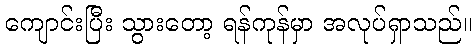
ကျောင်းပြီး သွားတော့ ရန်ကုန်မှာ အလုပ်ရှာသည်။